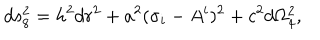
LaTeX: d s _ { 8 } ^ { 2 } = h ^ { 2 } d r ^ { 2 } + a ^ { 2 } ( \sigma _ { i } - A _ { } ^ { i } ) ^ { 2 } + c ^ { 2 } d \Omega _ { 4 } ^ { 2 } ,